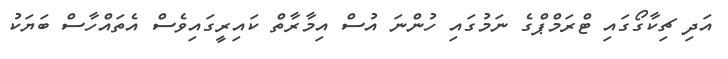
އަދި ޗިކާގޯގައި ޓްރަމްޕްގެ ނަމުގައި ހުންނަ އުސް އިމާރާތް ކައިރީގައިވެސް އެތައްހާސް ބަޔަކު